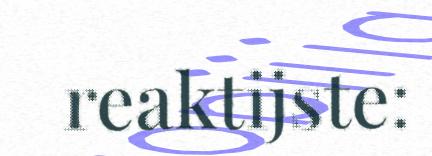
reaktijste: